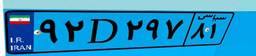
۷۰D۳۳۴۷۰